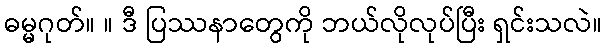
ဓမ္မဂုတ်။ ။ ဒီ ပြဿနာတွေကို ဘယ်လိုလုပ်ပြီး ရှင်းသလဲ။